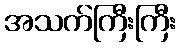
အသက်ကြီးကြီး